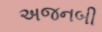
અજનબી